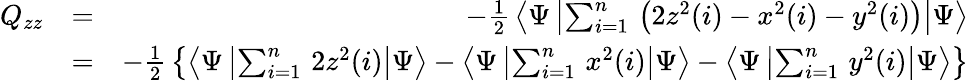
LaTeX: \begin{array}{rlr}{Q_{zz}}&{=}&{-\frac{1}{2}\, \left<\Psi\left|\sum_{i=1}^{n}\, \left(2z^{2}(i)-x^{2}(i)-y^{2}(i)\right)\right|\Psi\right>}\\ &{=}&{-\frac{1}{2}\, \left\{ \left<\Psi\left|\sum_{i=1}^{n}\, 2z^{2}(i)\right|\Psi\right>-\left<\Psi\left|\sum_{i=1}^{n}\, x^{2}(i)\right|\Psi\right>-\left<\Psi\left|\sum_{i=1}^{n}\, y^{2}(i)\right|\Psi\right>\right\} }\end{array}